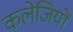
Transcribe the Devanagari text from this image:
कलेजियों